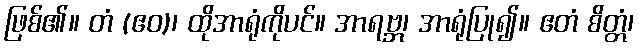
ဖြစ်၏။ တံ (ဧဝ)၊ ထိုအာရုံကိုပင်။ အာရဗ္ဘ၊ အာရုံပြု၍။ ဧတံ စိတ္တံ၊